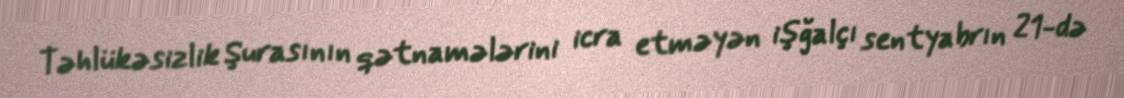
Təhlükəsizlik Şurasının qətnamələrini icra etməyən işğalçı sentyabrın 21-də